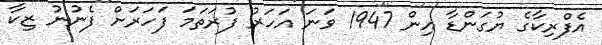
އެފްރިކާގެ ޔުގަންޑާ އިން 1947 ވަނަ އަހަރު ފުރަތަމަ ފަހަރަށް ފެނުނު ޒިކާ